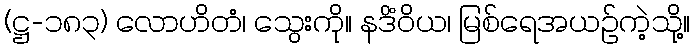
(ဋ္ဌ-၁၈၃) လောဟိတံ၊ သွေးကို။ နဒိံဝိယ၊ မြစ်ရေအယဉ်ကဲ့သို့။